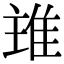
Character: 𨾨